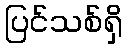
ပြင်သစ်ရှိ